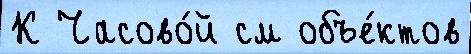
К Часово́й см объе́ктов